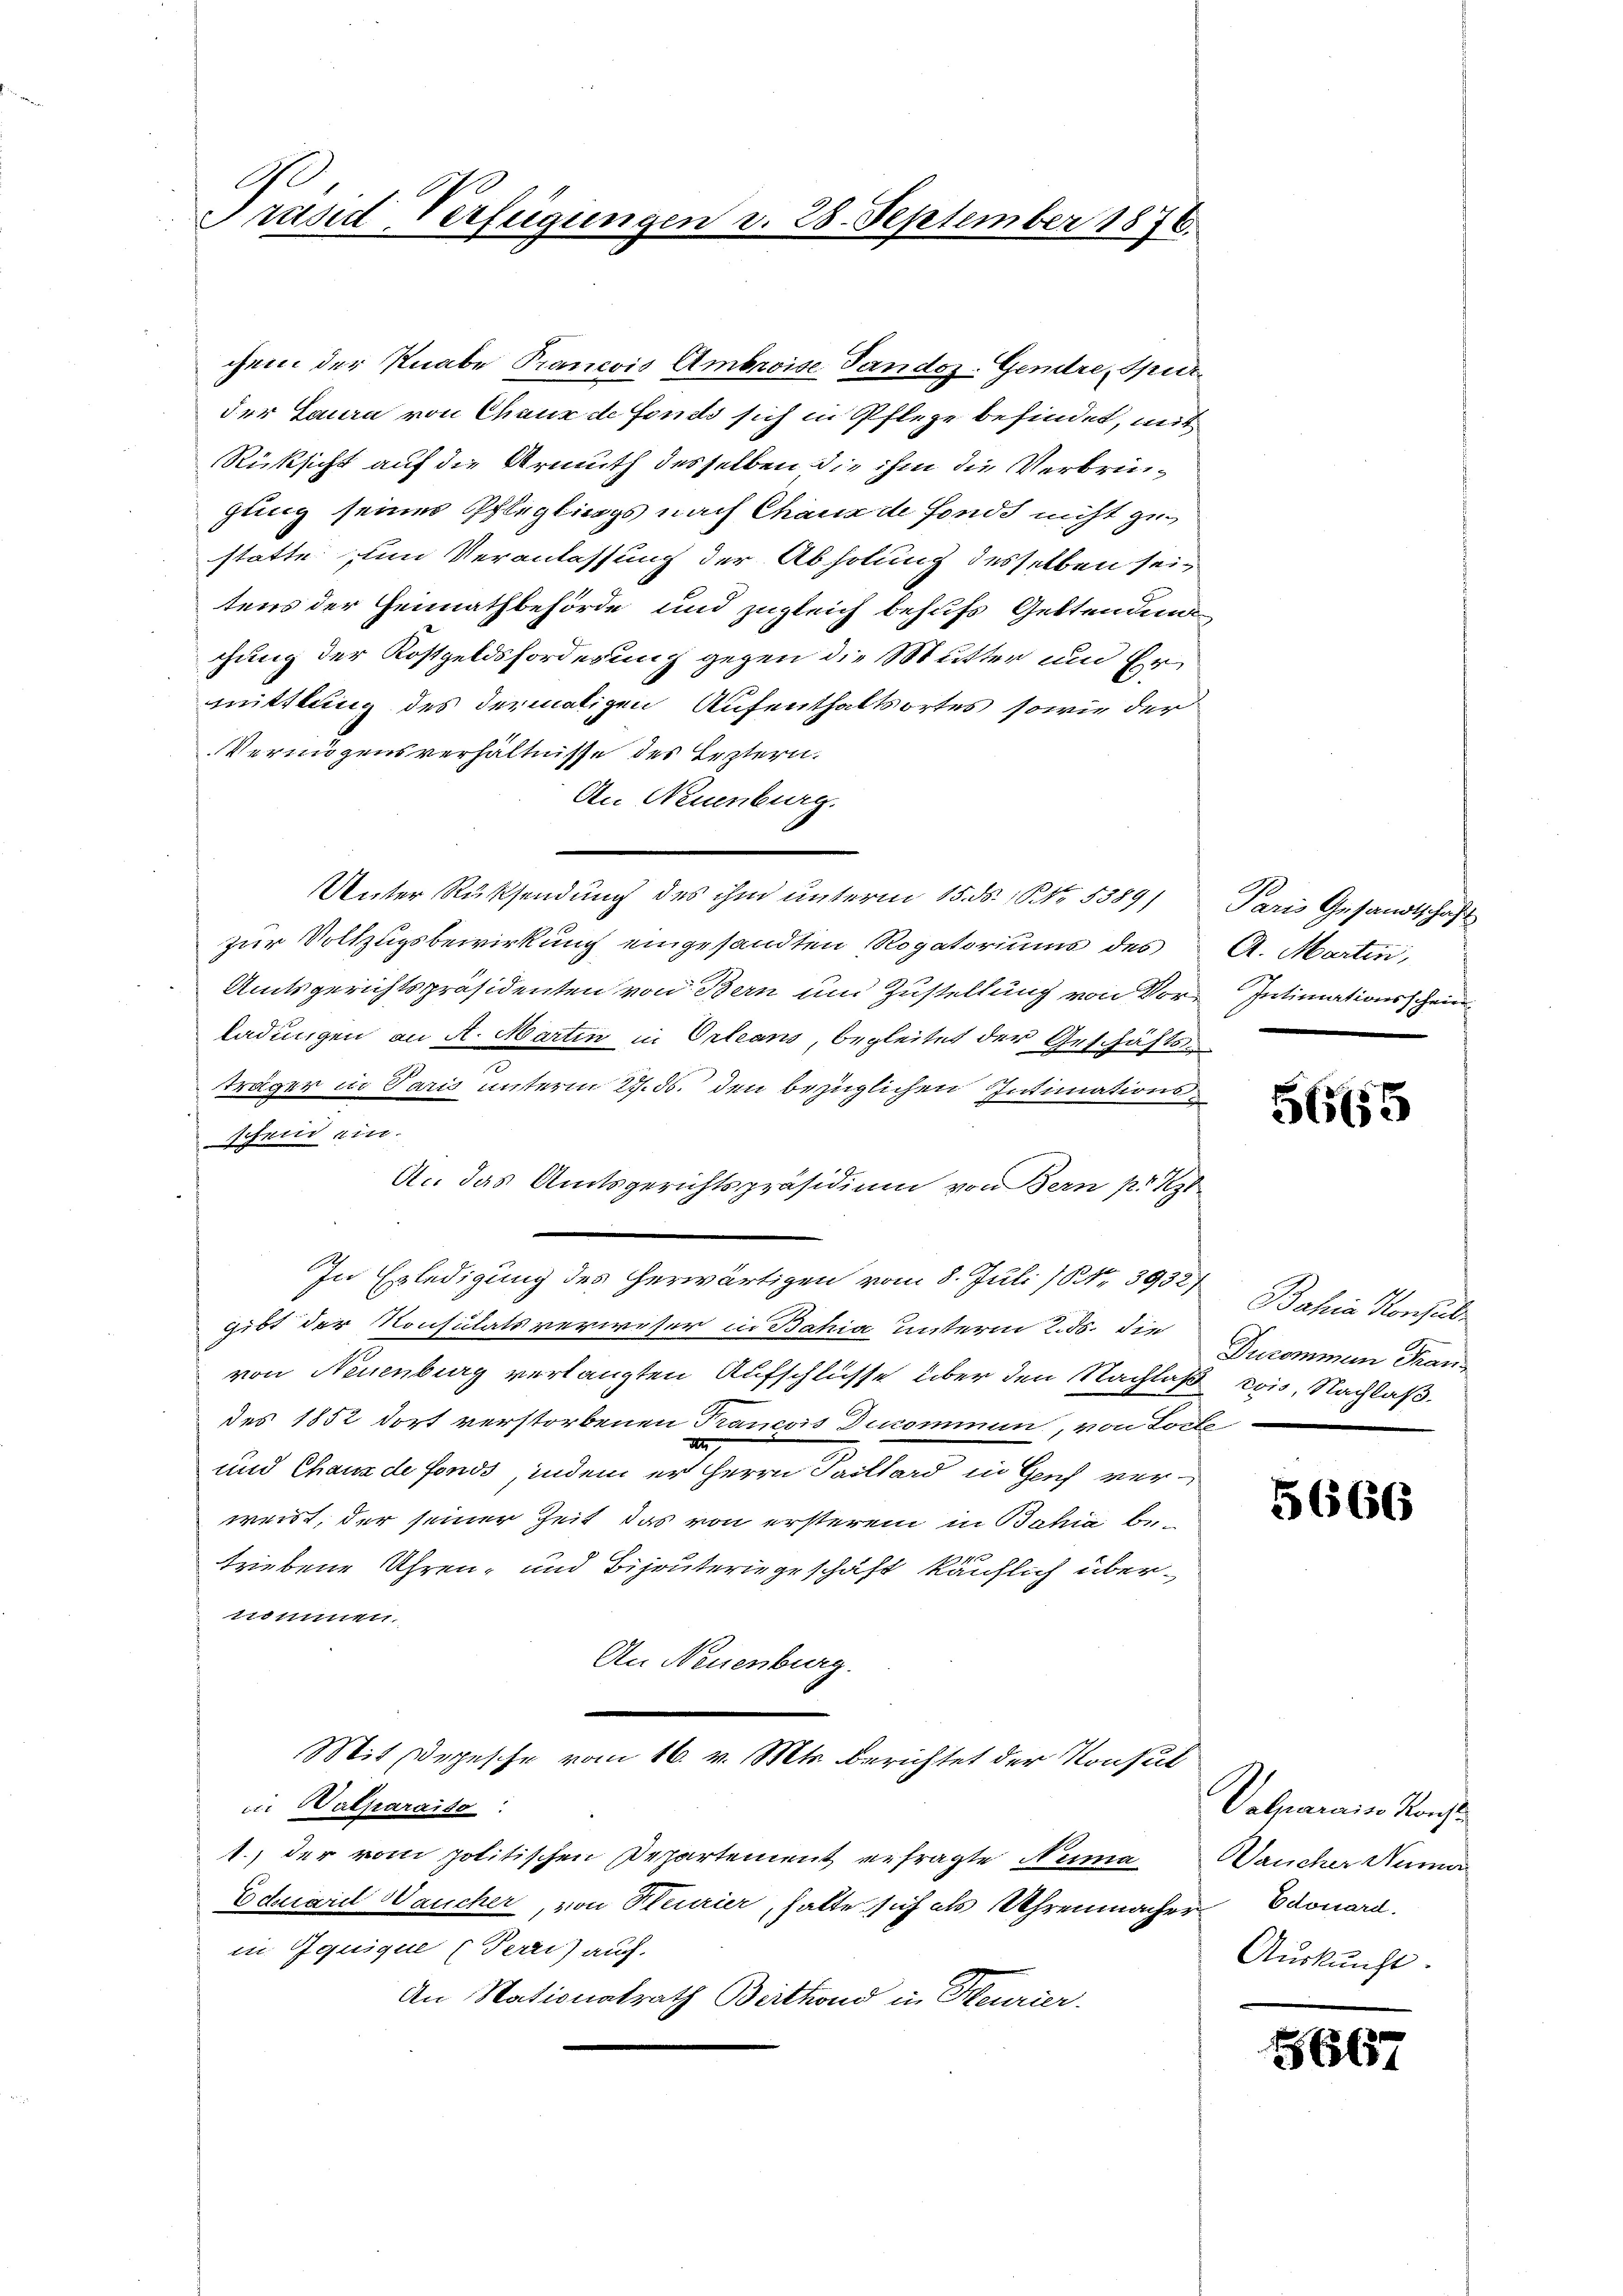
Präsid Verfügungen

chem der Knabe Prancois Ambroise Tandoz-Gendre, Spur
der Laura von Chaux de fonds sich in Pflege befindet, mit
Rücksicht auf die Armuth desselben die ihm die Verbringling seines Pfleglings nach Chaux de fonds nicht gestatte um Veranlassung der Abholung desselben seitens der Heimathbehörde und zugleich behufs Geltendina
chung der Kostgeldsforderung gegen die Mutter und Ermittlung des dermaligen Aufenthaltsortes sowie der
Vermögensverhältnisse des Erztern.
An Neuenburg.
Unter Rücksendung des ihm unterm 15. ds. 1. No 5389/
zur Vollzugsbewirkung eingesandten Rogatoriums des
Amtsgerichtspräsidenten von Bern und Zustellung von Vorladungen an A. Martin in Orleans, begleitet der Geschäftsträger in Paris unterm 27. ds. den bezüglichen Intimationsscheid ein.
A.. das Amtsgerichtspräsidium von Bern pr
In Erledigung des herwärtigen vom 8. Juli (NNr. 3932)
gibt der Konsulats verweser in Bahia unterm 2. ds. die
von Neuenburg verlangten Aufschlüsse über den Nachlaß cois, Nachlaß.
des 1852 dort verstorbenen Trancois Decommun, von Loche
und Chaus de fonds, indem er Herrn Paillard in Genf verweist, der seiner Zeit das von ersterem in Bahia betriebene Uhren- und Bijouterie geschäft käuflich übertrinnen.
An Neuenburg.
Mit depesche vom 16. v. Mts. berichtet der Konsul
in Halparaiso
1.) der vom politischen Departement erfragte Numa aucher Anma
Edmarit Waucher, von Heurier, hatte sich als Uhrenmacher Edouard.
in Iquique (Terri) auch.
An Nationalrath Berthond in Heurier.

28. September 1876.

Paris Gesandtschaft
A. Martin,
Intimationsschein
.

56655

Bahia Konsul
Ducommen Frau

5666

Valparaien Konst
Auskunft.

5667